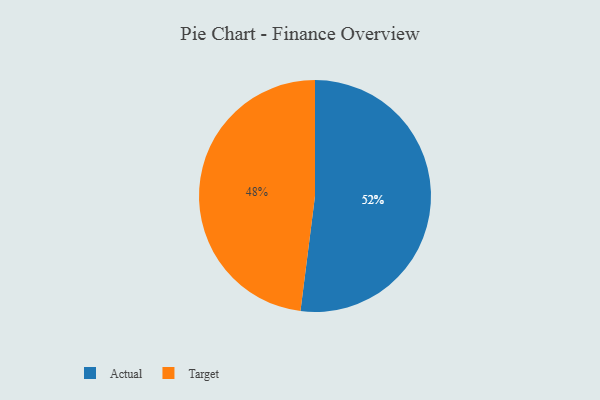
{"axis": {"x": "Category", "y": "Percentage"}, "legend": ["Actual", "Target"], "data": [{"x": "Actual", "y": 52, "type": "Actual"}, {"x": "Target", "y": 48, "type": "Target"}]}